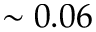
\sim 0 . 0 6